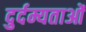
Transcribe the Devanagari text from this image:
दुर्दम्यताओं